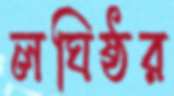
লঘিষ্ঠর